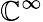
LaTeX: \mathbb{C}^{\infty}